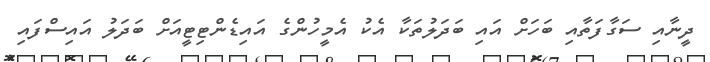
ދީނާއި ސަގާފަތާއި ބަހަށް އައި ބަދަލުތަކާ އެކު އެމީހުންގެ އައިޑެންޓިޓީއަށް ބަދަލު އައިސްފައި